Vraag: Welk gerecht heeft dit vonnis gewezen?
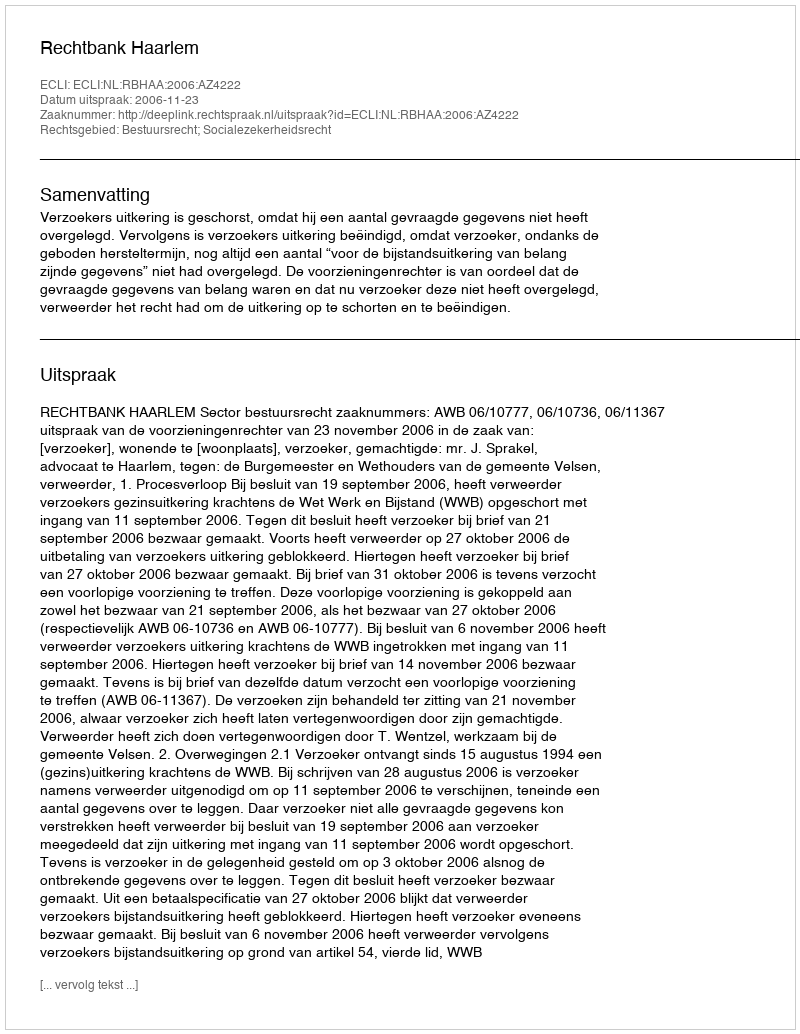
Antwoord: Rechtbank Haarlem